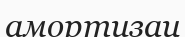
амортизац